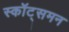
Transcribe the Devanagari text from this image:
स्कॉट्समन